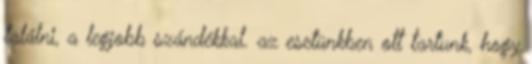
találni, a legjobb szándékkal. az esetünkben ott tartunk, hogy